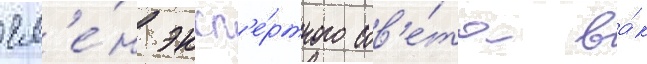
чл'е́н эксп'е́ртного сов'е́та ва́к